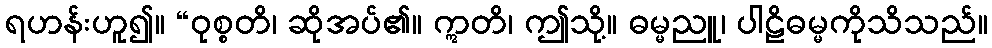
ရဟန်းဟူ၍။ “ဝုစ္စတိ၊ ဆိုအပ်၏။ ဣတိ၊ ဤသို့။ ဓမ္မညူ၊ ပါဠိဓမ္မကိုသိသည်။